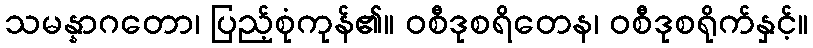
သမန္နာဂတော၊ ပြည့်စုံကုန်၏။ ဝစီဒုစရိတေန၊ ဝစီဒုစရိုက်နှင့်။